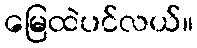
မြေထဲပင်လယ်။